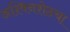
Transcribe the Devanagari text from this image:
अश्विनशेठचा